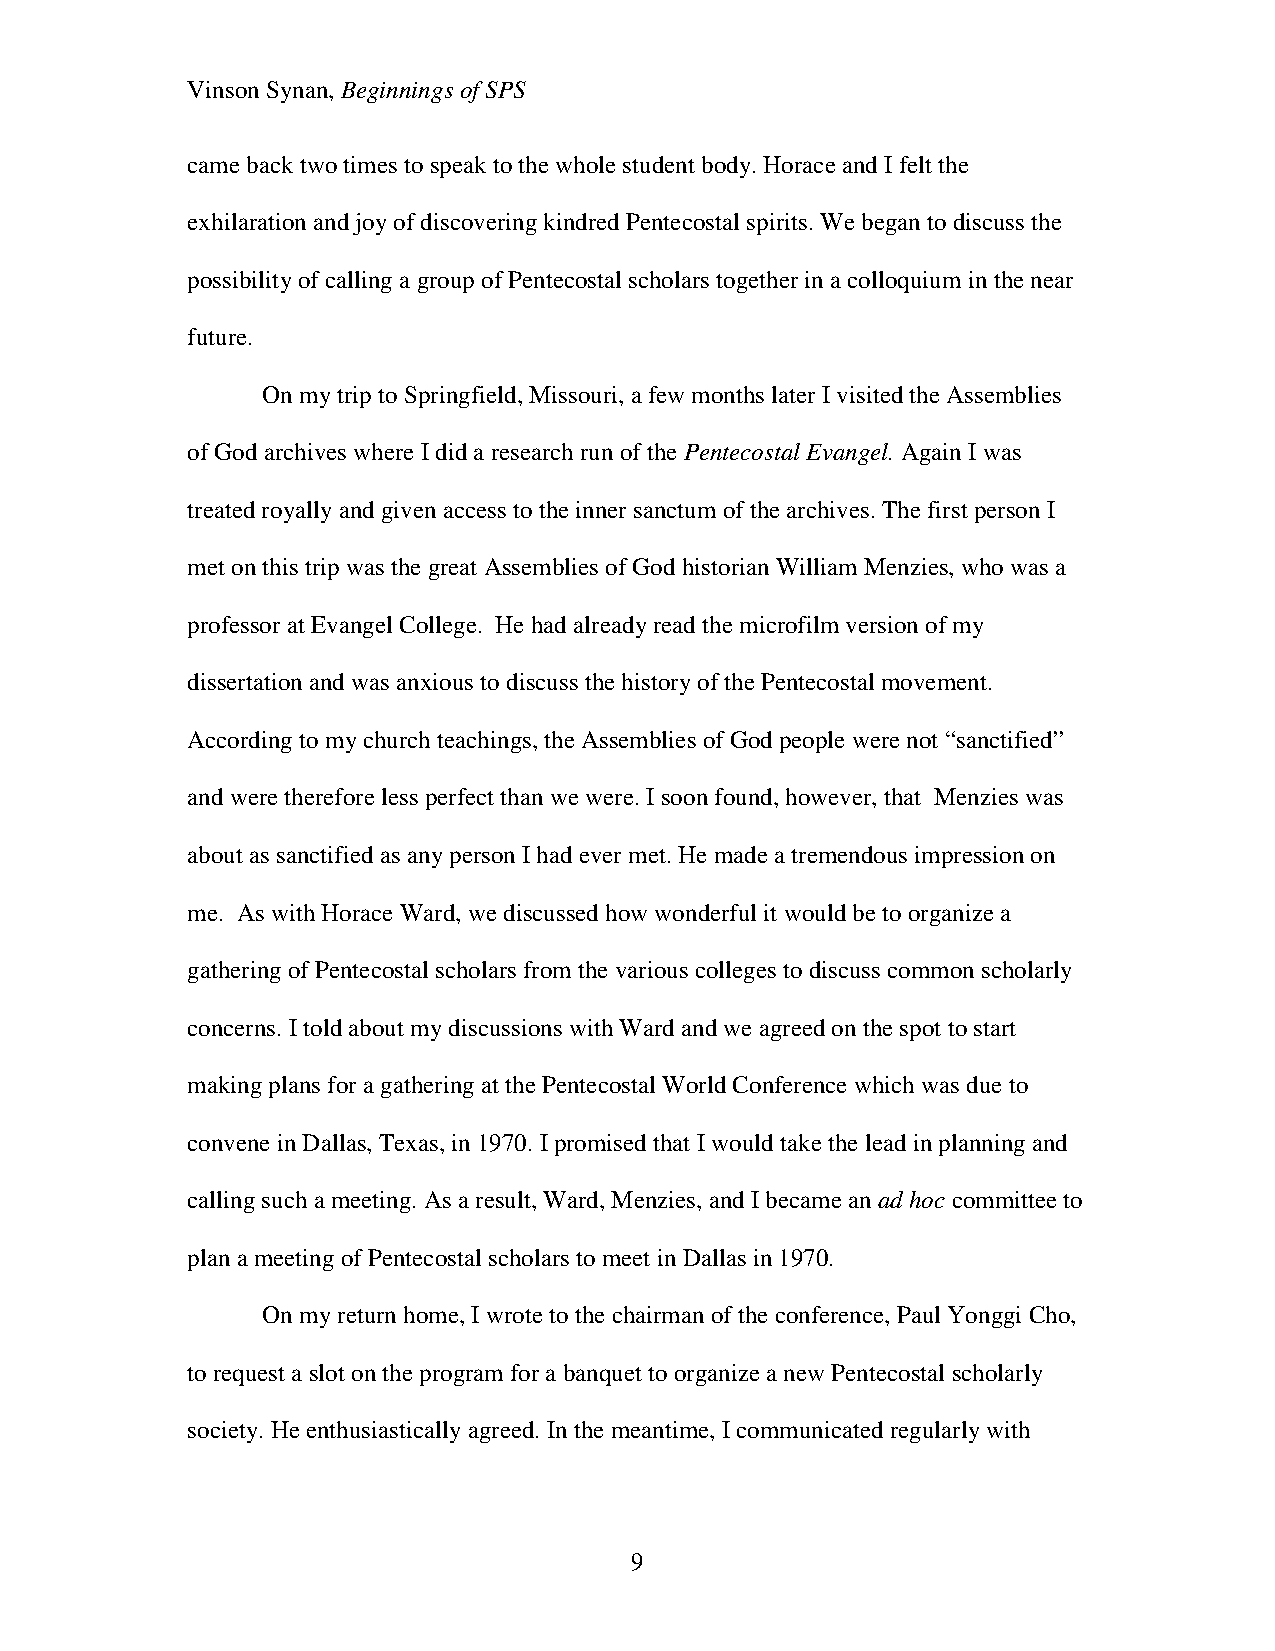
Vinson Synan, Beginnings of SPS
 came back two times to speak to the whole student body. Horace and I felt the
 exhilaration and joy of discovering kindred Pentecostal spirits. We began to discuss the
 possibility of calling a group of Pentecostal scholars together in a colloquium in the near
 future.
 On my trip to Springfield, Missouri, a few months later I visited the Assemblies
 of God archives where I did a research run of the Pentecostal Evangel. Again I was
 treated royally and given access to the inner sanctum of the archives. The first person I
 met on this trip was the great Assemblies of God historian William Menzies, who was a
 professor at Evangel College. He had already read the microfilm version of my
 dissertation and was anxious to discuss the history of the Pentecostal movement.
 According to my church teachings, the Assemblies of God people were not “sanctified”
 and were therefore less perfect than we were. I soon found, however, that Menzies was
 about as sanctified as any person I had ever met. He made a tremendous impression on
 me. As with Horace Ward, we discussed how wonderful it would be to organize a
 gathering of Pentecostal scholars from the various colleges to discuss common scholarly
 concerns. I told about my discussions with Ward and we agreed on the spot to start
 making plans for a gathering at the Pentecostal World Conference which was due to
 convene in Dallas, Texas, in 1970. I promised that I would take the lead in planning and
 calling such a meeting. As a result, Ward, Menzies, and I became an ad hoc committee to
 plan a meeting of Pentecostal scholars to meet in Dallas in 1970.
 On my return home, I wrote to the chairman of the conference, Paul Yonggi Cho,
 to request a slot on the program for a banquet to organize a new Pentecostal scholarly
 society. He enthusiastically agreed. In the meantime, I communicated regularly with
 9